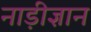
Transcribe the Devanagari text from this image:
नाड़ीज्ञान